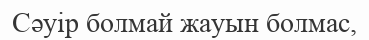
Сәуір болмай жауын болмас,